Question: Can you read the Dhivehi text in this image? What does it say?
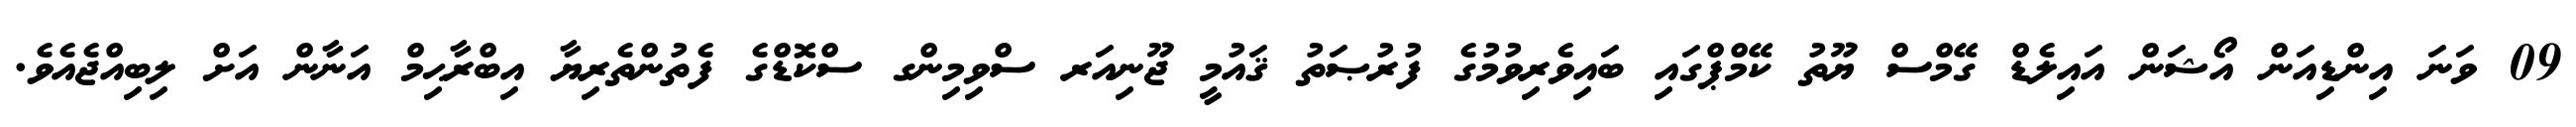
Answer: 09 ވަނަ އިންޑިއަން އޯޝަން އައިލެޑް ގޭމްސް ޔޫތު ކޭމްޕްގައި ބައިވެރިވުމުގެ ފުރުޞަތު ޤައުމީ ޖޫނިއަރ ސްވިމިންގ ސްކޮޑްގެ ފެތުންތެރިޔާ އިބްރާޙިމް އަނާން އަށް ލިބިއްޖެއެވެ.